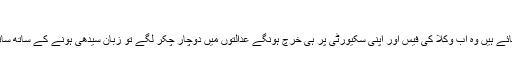
وکلا فیس کو نہ چھوڑیں گے
اربوں کھربوں کے جو اثاثے بنائے ہیں وہ اب وکلا کی فیس اور اپنی سکیورٹی پر ہی خرچ ہونگے عدالتوں میں دوچار چکر لگے تو زبان سیدھی ہونے کے ساتھ ساتھ عقل بھی ٹھکانے آجائے گی۔